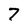
Character: 7